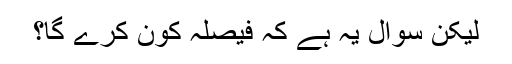
لیکن سوال یہ ہے کہ فیصلہ کون کرے گا؟